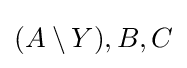
(A\setminus Y),B,C